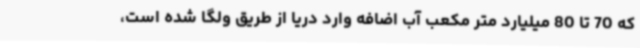
که 70 تا 80 میلیارد متر مکعب آب اضافه وارد دریا از طریق ولگا شده است،